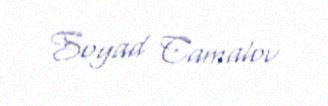
Soyad Camalov